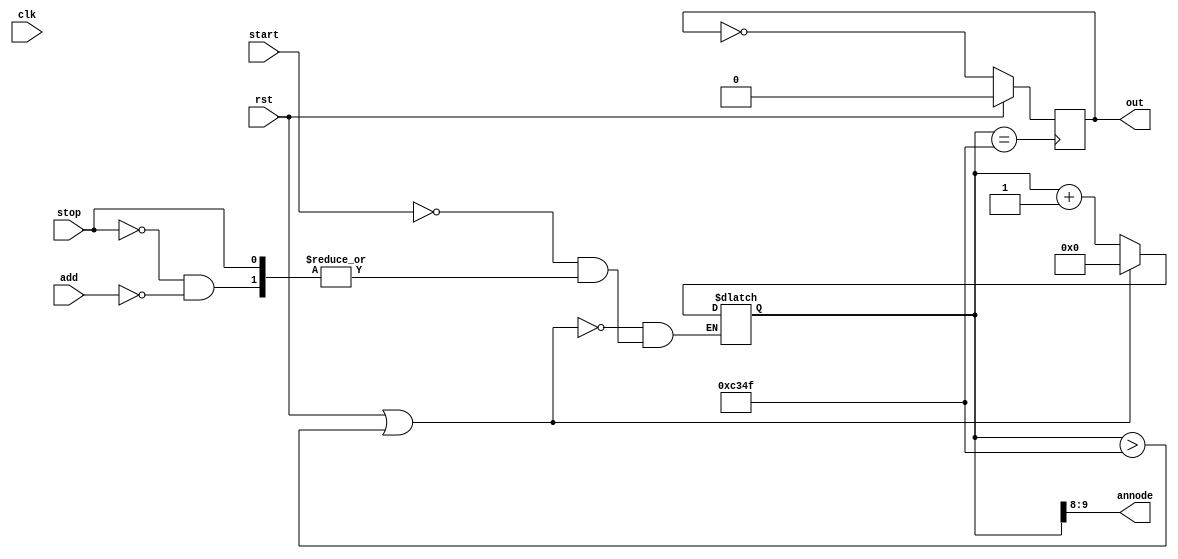
`timescale 1ns / 1ps
//////////////////////////////////////////////////////////////////////////////////
// Company: 
// Engineer: 
// 
// Design Name: 
// Module Name: counter1
// Project Name: 
// Target Devices: 
// Tool Versions: 
// Description: 
// 
// Dependencies: 
// 
// Revision:
// Revision 0.01 - File Created
// Additional Comments:
// 
//////////////////////////////////////////////////////////////////////////////////


module counter1(
    input start,
    input add,
    input clk,
    input rst,
    input stop,
    output reg out,
    output [1:0]annode
    );
    
    
    localparam terminalcount1 = (50000 - 1);
    reg [15:0] count;
    wire tc;
    
    assign annode = count[9:8];

    
    assign tc = (count == terminalcount1);
    
    always@(start, stop, add, rst)
    begin
    if(rst || (count > terminalcount1))
        count<=0;
    else if(start)
        count <= count +1;
    else if(stop)
        count <= count;
    else if(add)
    count <= count +1;
    end

    
    always @ (posedge(tc))
    begin
    if (rst) out <= 0;
    else out = !out;
    end	// T-FF with tc as input signal
    endmodule